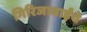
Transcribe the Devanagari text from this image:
गिरिजाबाईंचे